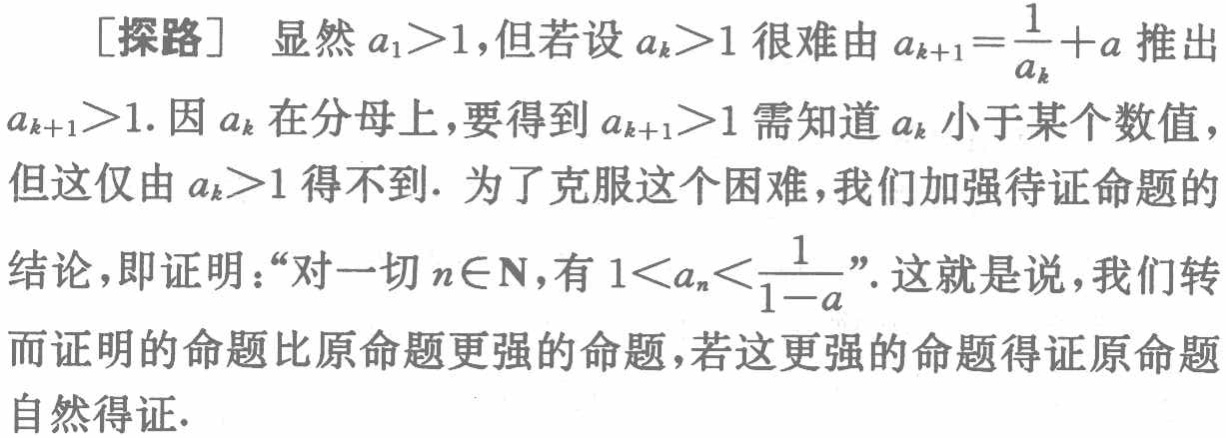
[探路] 显然 \(a_1 > 1\)，但若设 \(a_k > 1\) 很难由 \(a_{k + 1}=\frac{1}{a_k}+a\) 推出 \(a_{k + 1}>1\). 因 \(a_k\) 在分母上，要得到 \(a_{k + 1}>1\) 需知道 \(a_k\) 小于某个数值，但这仅由 \(a_k > 1\) 得不到. 为了克服这个困难，我们加强待证命题的结论，即证明：“对一切 \(n\in\mathbf{N}\)，有 \(1 < a_n <\frac{1}{1 - a}\)”. 这就是说，我们转而证明的命题比原命题更强的命题，若这更强的命题得证原命题自然得证.